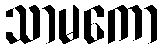
သာမကော